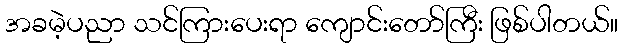
အခမဲ့ပညာ သင်ကြားပေးရာ ကျောင်းတော်ကြီး ဖြစ်ပါတယ်။